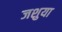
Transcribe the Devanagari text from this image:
जशुया